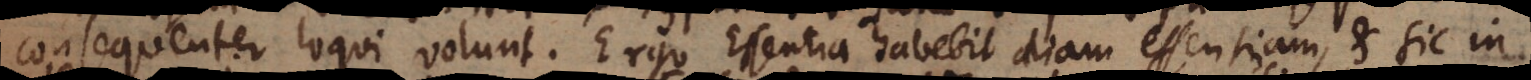
consequenter loqui volunt. Ergo Essentia habebit etiam essentiam, et sic in